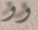
وو